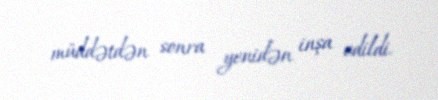
müddətdən sonra yenidən inşa edildi.